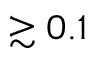
\gtrsim 0 . 1